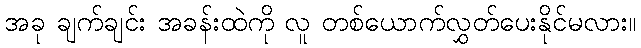
အခု ချက်ချင်း အခန်းထဲကို လူ တစ်ယောက်လွှတ်ပေးနိုင်မလား။